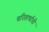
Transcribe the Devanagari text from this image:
चरितार्थाची